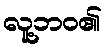
လူ့ဘဝ၏